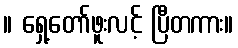
။ ရှေ့တော်ဖူးလင့် ပြီတကား။